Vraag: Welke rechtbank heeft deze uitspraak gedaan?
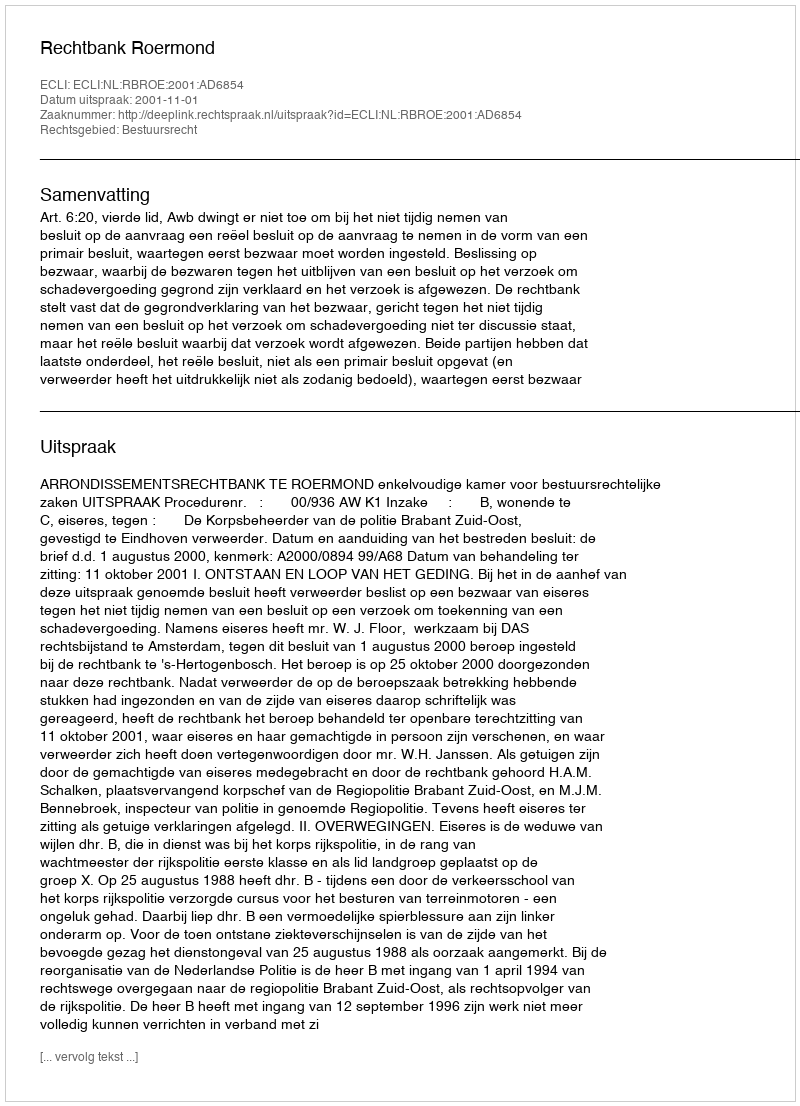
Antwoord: Rechtbank Roermond